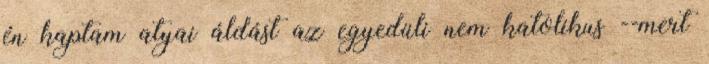
én kaptam atyai áldást az egyedüli nem katolikus --mert